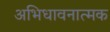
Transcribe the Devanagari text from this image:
अभिधावनात्मक